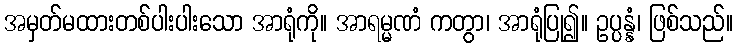
အမှတ်မထားတစ်ပါးပါးသော အာရုံကို။ အာရမ္မဏံ ကတွာ၊ အာရုံပြု၍။ ဥပ္ပန္နံ၊ ဖြစ်သည်။